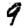
Digit: 9